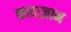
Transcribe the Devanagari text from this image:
कादाज़ान